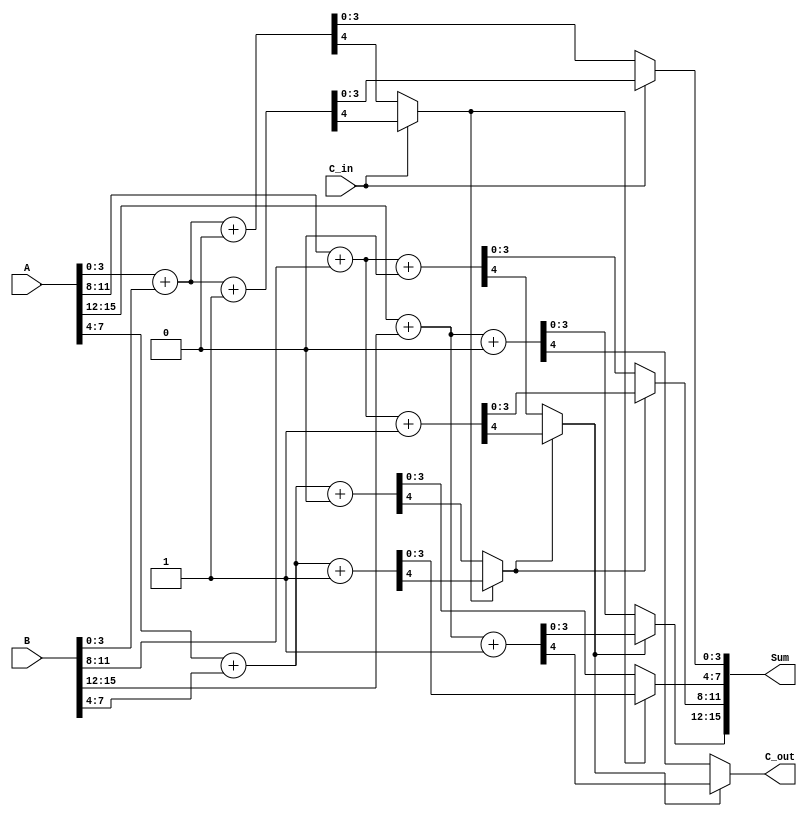
module CarrySelectAdder #(parameter N = 16, parameter K = 4) (
    input  [N-1:0] A,
    input  [N-1:0] B,
    input         C_in,
    output [N-1:0] Sum,
    output        C_out
);

    // Number of segments
    localparam SEGMENTS = N / K;

    // Intermediate signals
    wire [K-1:0] sum0 [0:SEGMENTS-1];
    wire [K-1:0] sum1 [0:SEGMENTS-1];
    wire        carry0 [0:SEGMENTS-1];
    wire        carry1 [0:SEGMENTS-1];
    wire        carry_out [0:SEGMENTS-1];
    wire        carry_select [0:SEGMENTS-1];

    // Generate carry select logic for each segment
    genvar i;
    generate
        for (i = 0; i < SEGMENTS; i = i + 1) begin : segment
            wire [K-1:0] A_seg = A[(i*K) +: K];
            wire [K-1:0] B_seg = B[(i*K) +: K];

            // Compute sums and carries for C_in = 0
            assign {carry0[i], sum0[i]} = A_seg + B_seg + 1'b0;

            // Compute sums and carries for C_in = 1
            assign {carry1[i], sum1[i]} = A_seg + B_seg + 1'b1;

            // Select carry based on previous carry_out
            if (i == 0) begin
                assign carry_select[i] = C_in;
            end else begin
                assign carry_select[i] = carry_out[i-1];
            end

            // MUX to select the correct sum and carry
            assign Sum[(i*K) +: K] = carry_select[i] ? sum1[i] : sum0[i];
            assign carry_out[i] = carry_select[i] ? carry1[i] : carry0[i];
        end
    endgenerate

    // Final carry out
    assign C_out = carry_out[SEGMENTS-1];

endmodule